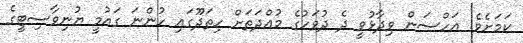
ކަމަށެވެ. އަހްސަން ވިދާޅުވީ ދެ ދުވަހުގެ މުއްދަތަށް ހިތަދޫގައި ހުންނަ ގައުމީ ޔުނިވާސިޓީގެ